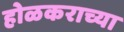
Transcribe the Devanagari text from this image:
होळकराच्या